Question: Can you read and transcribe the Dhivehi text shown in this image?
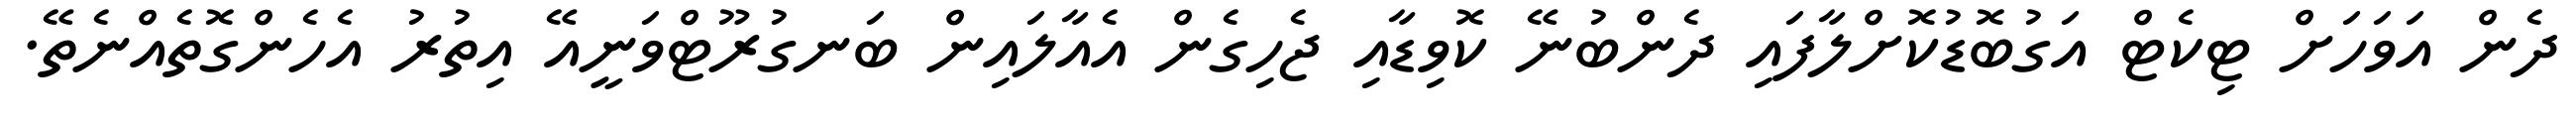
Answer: ދެން އަވަހަށް ޓިކެޓް އަގުބޮޑުކޮށްލާފައި ދެންބުނޭ ކޮވިޑާއި ޖެހިގެން އެއާލައިން ބަނގުރޫޓްވަނީއޭ އިތުރު އެހެންގޮތެއްނެތޭ.